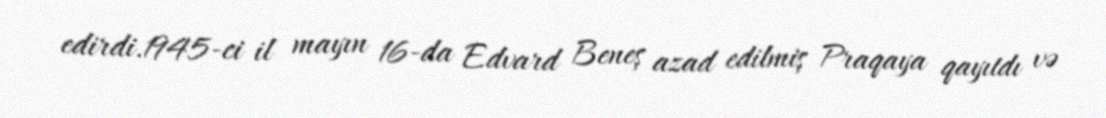
edirdi.1945-ci il mayın 16-da Edvard Beneş azad edilmiş Praqaya qayıtdı və